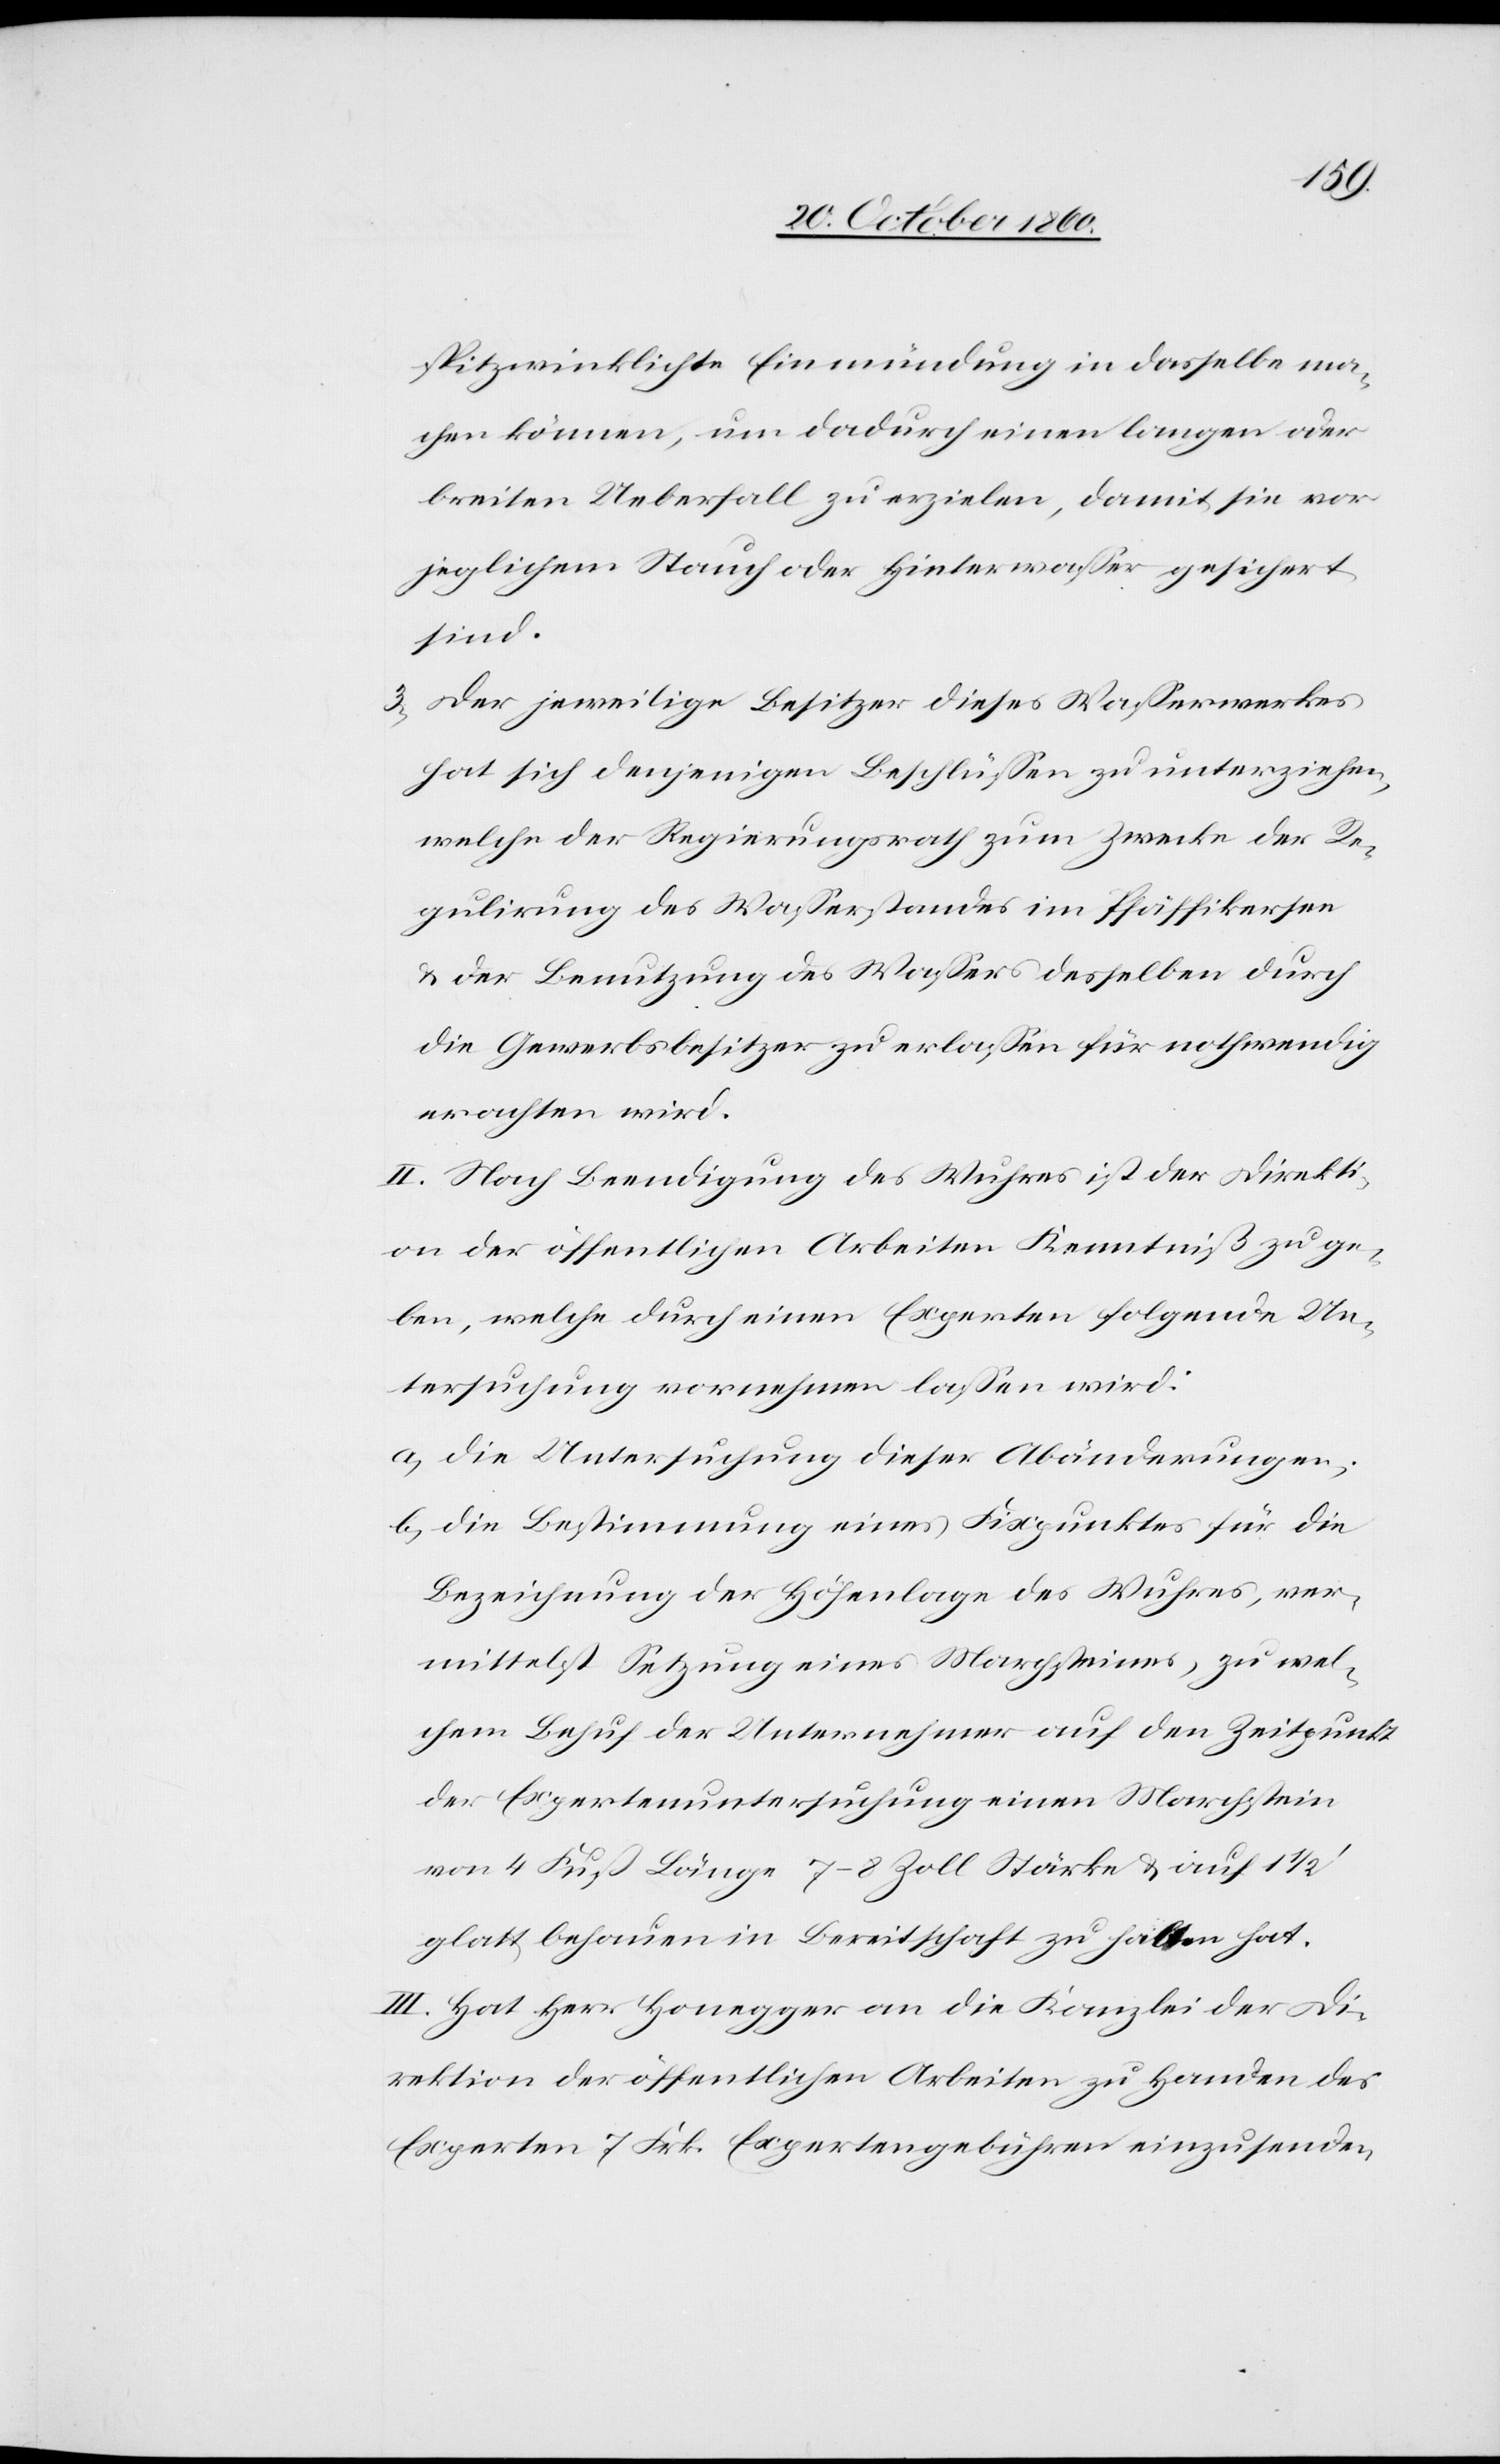
spitzwinklichte Einmündung in dasselbe ma¬
chen können, um durch einen langen oder
breiten Ueberfall zu erzielen, damit sie vor
jeglichem Stauch oder Hinterwasser gesichert
sind.
3. Der jeweilige Besitzer dieses Wasserwerkes
hat sich denjenigen Beschlüssen zu unterziehen,
welche der Regierungsrath zum Zwecke der Re¬
gulirung des Wasserstandes im Pfäffikersee
u. der Benutzung des Wassers desselben durch
die Gewerbsbesitzer zu erlassen für nothwendig
erachten wird.
II. Nach Beendigung des Wuhres ist der Direkti¬
on der öffentlichen Arbeiten Kenntniß zu ge¬
ben, welche durch einen Experten folgende Un¬
tersuchung vornehmen lassen wird:
a. die Untersuchung dieser Abänderungen;
b. die Bestimmung eines Fixpunktes für die
Bezeichnung der Höhenlage des Wuhres, ver¬
mittelst Setzung eines Marchsteines, zu wel¬
chem Behuf der Unternehmer auf den Zeitpunkt
der Expertenuntersuchung einen Marchstein
von 4 Fuß Länge 7–8 Zoll Stärke u. auf 1
glatt behauen in Bereitschaft zu halten hat.
III. Hat Herr Honegger an die Kanzlei der Di¬
rektion der öffentlichen Arbeiten zu Handen des
Experten 7 Frk. Expertengebühren einzusenden.